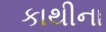
કાથીના